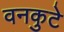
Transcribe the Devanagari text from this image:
वनकुटे